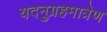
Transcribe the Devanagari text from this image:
यदनुग्रहमात्रेण